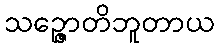
သဉ္ဇောတိဘူတာယ